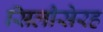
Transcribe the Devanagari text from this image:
सिलीसेरह